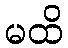
မထိ